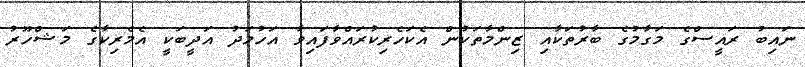
ނައިބު ރައީސްގެ މަގާމުގެ ބާރުތަކާއި ޒިންމާތަކުން އެކަހެރިކުރައްވާފައިވާ އަހުމަދު އަދީބަކީ އެމެރިކާގެ މަޝްހޫރު